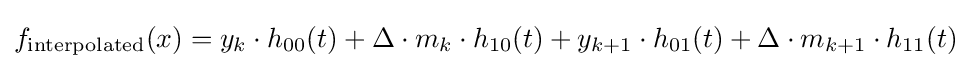
f_{\text{interpolated}}(x)=y_{k}\cdot h_{00}(t)+\Delta \cdot m_{k}\cdot h_{10}(t)+y_{k+1}\cdot h_{01}(t)+\Delta \cdot m_{k+1}\cdot h_{11}(t)